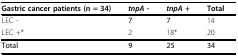
<table><thead><tr><td><b>Gastric cancer patients (n = 34)</b></td><td><b><i>tnpA </i>-</b></td><td><b><i>tnpA </i>+</b></td><td><b>Total</b></td></tr></thead><tbody><tr><td>LEC -</td><td><b>7</b></td><td><b>7</b></td><td>14</td></tr><tr><td>LEC +*</td><td>2</td><td>18*</td><td>20</td></tr><tr><td><b>Total</b></td><td><b>9</b></td><td><b>25</b></td><td><b>34</b></td></tr></tbody></table>